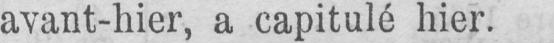
avant-hier, a capitulé hier.